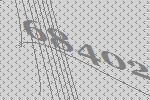
68402